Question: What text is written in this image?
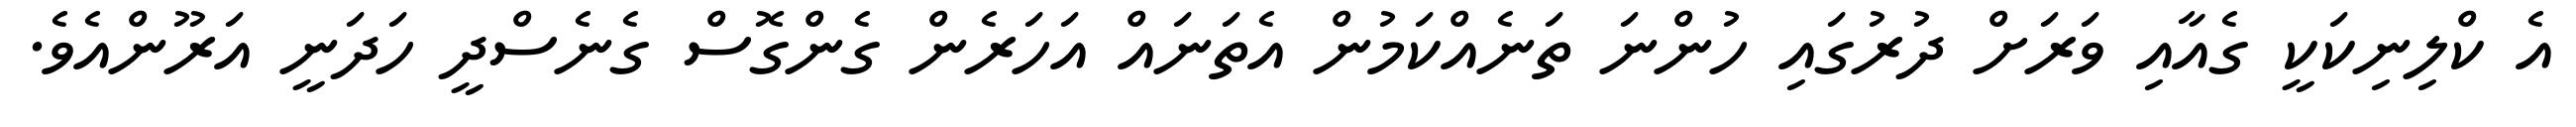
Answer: އެ ކްލިނިކަކީ ގެއާއި ވަރަށް ދުރުގައި ހުންނަ ތަނެއްކަމުން އެތަނައް އަހަރެން ގެންގޮސް ގެނެސްދީ ހަދަނީ އަރޫންއެވެ.